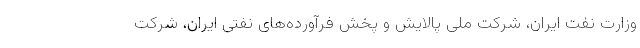
وزارت نفت ایران، شرکت ملی پالایش و پخش فرآورده‌های نفتی ایران، شرکت